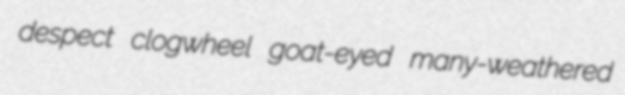
despect clogwheel goat-eyed many-weathered